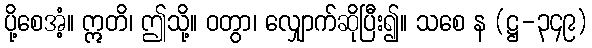
ပို့စေအံ့။ ဣတိ၊ ဤသို့။ ဝတွာ၊ လျှောက်ဆိုပြီး၍။ သစေ န (ဋ္ဌ-၃၄၉)